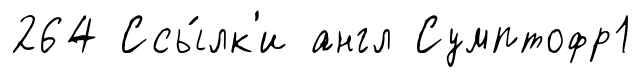
264 Ссы́лк'и англ Сумптофр1